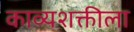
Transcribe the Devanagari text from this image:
काव्यशक्तीला